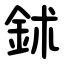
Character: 鉥